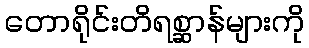
တောရိုင်းတိရစ္ဆာန်များကို